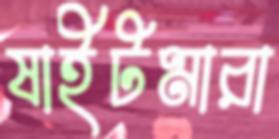
ষাইটমারা